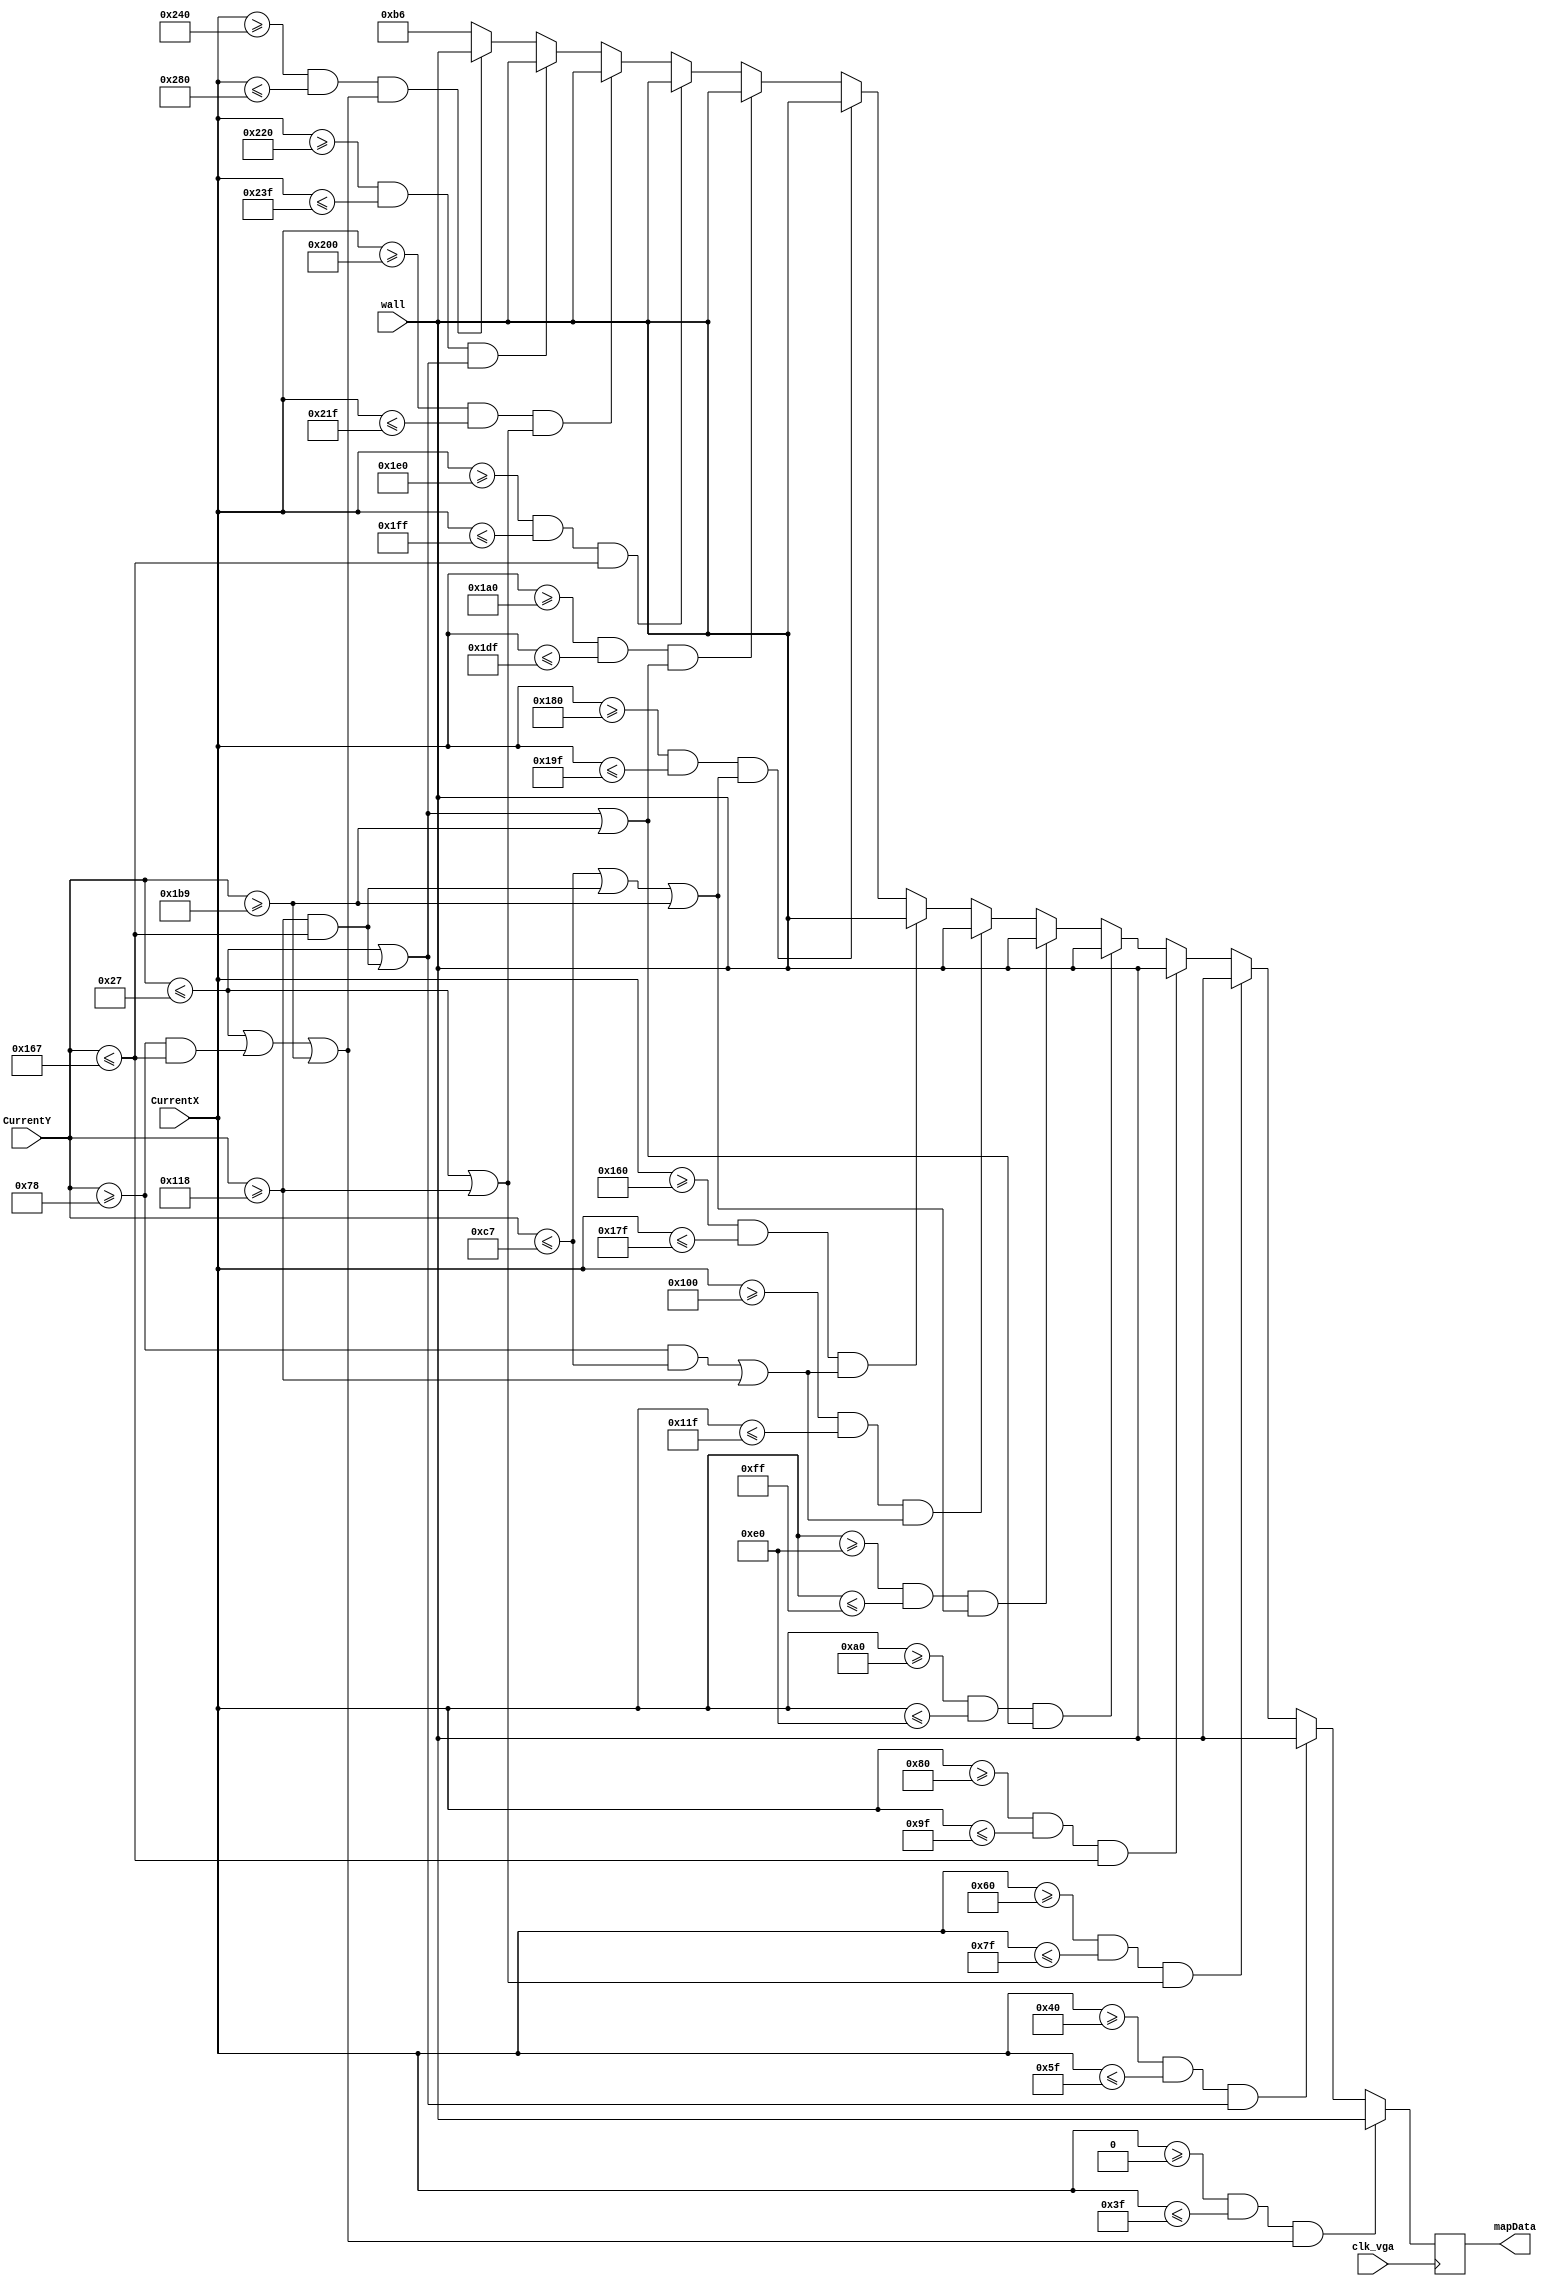
module NCenterMaze(clk_vga, CurrentX, CurrentY, mapData, wall);
	input clk_vga;
	input [9:0] CurrentX;
	input [8:0] CurrentY;
	input [7:0] wall;
	output [7:0] mapData;
	reg [7:0] mColor;
	always @(posedge clk_vga) begin
		if((CurrentX >= 0 && CurrentX <=63) && (
			(CurrentY <= 39) ||
			(CurrentY >= 120 && CurrentY <= 359) || 
			(CurrentY >= 441) ) )
			mColor[7:0] <= wall;
		else if( (CurrentX >= 64 && CurrentX <= 95) && ( 
			(CurrentY <= 39) || 
			(CurrentY >= 280 && CurrentY <= 359) ) )
			mColor[7:0] <= wall;
		else if( (CurrentX >= 96 && CurrentX <= 127) && ( 
			(CurrentY <= 39) || 
			(CurrentY >= 280) ) )
			mColor[7:0] <= wall;
		else if( (CurrentX >= 128 && CurrentX <= 159) && ( 
			(CurrentY <= 359) ) )
			mColor[7:0] <= wall;
		else if( (CurrentX >= 160 && CurrentX <= 224) && (
			(CurrentY <= 39) ||
			(CurrentY >= 280 && CurrentY <= 359) ||
			(CurrentY >= 441) ) )
			mColor[7:0] <= wall;
		else if( (CurrentX >= 224 && CurrentX <= 255) && (
			(CurrentY <= 199) || 
			(CurrentY >= 280 && CurrentY <= 359) ||
			(CurrentY >= 441) ) )
			mColor[7:0] <= wall;
		else if( (CurrentX >= 256 && CurrentX <= 287) && (
			(CurrentY >= 120 && CurrentY <= 199) ||
			(CurrentY >= 280) ) )
			mColor[7:0] <= wall;
		else if( (CurrentX >= 352 && CurrentX <= 383) && (
			(CurrentY >= 120 && CurrentY <= 199) ||
			(CurrentY >= 280) ) )
			mColor[7:0] <= wall;
		else if( (CurrentX >= 384 && CurrentX <= 415) && (
			(CurrentY <= 199) || 
			(CurrentY >= 280 && CurrentY <= 359) ||
			(CurrentY >= 441) ) )
			mColor[7:0] <= wall;
		else if( (CurrentX >= 416 && CurrentX <= 479) && (
			(CurrentY <= 39) ||
			(CurrentY >= 280 && CurrentY <= 359) ||
			(CurrentY >= 441) ) )
			mColor[7:0] <= wall;
		else if( (CurrentX >= 480 && CurrentX <= 511) && (
			(CurrentY <= 359) ) )
			mColor[7:0] <= wall;
		else if( (CurrentX >= 512 && CurrentX <= 543) && (
			(CurrentY <= 39) || 
			(CurrentY >= 280) ) )
			mColor[7:0] <= wall;
		else if( (CurrentX >= 544 && CurrentX <= 575) && ( 
			(CurrentY <= 39) || 
			(CurrentY >= 280 && CurrentY <= 359) ) )
			mColor[7:0] <= wall;
		else if((CurrentX >= 576 && CurrentX <= 640) && ( 
			(CurrentY <= 39) ||
			(CurrentY >= 120 && CurrentY <= 359) || 
			(CurrentY >= 441) ) )
			mColor[7:0] <= wall;
		else
			mColor[7:0] <= 8'b10110110;
	end
	assign mapData = mColor;
endmodule